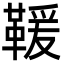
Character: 𩋫